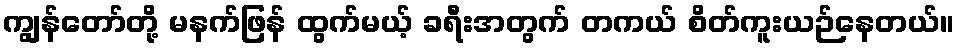
ကျွန်တော်တို့ မနက်ဖြန် ထွက်မယ့် ခရီးအတွက် တကယ် စိတ်ကူးယဉ်နေတယ်။